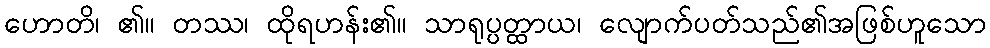
ဟောတိ၊ ၏။ တဿ၊ ထိုရဟန်း၏။ သာရုပ္ပတ္ထာယ၊ လျောက်ပတ်သည်၏အဖြစ်ဟူသော